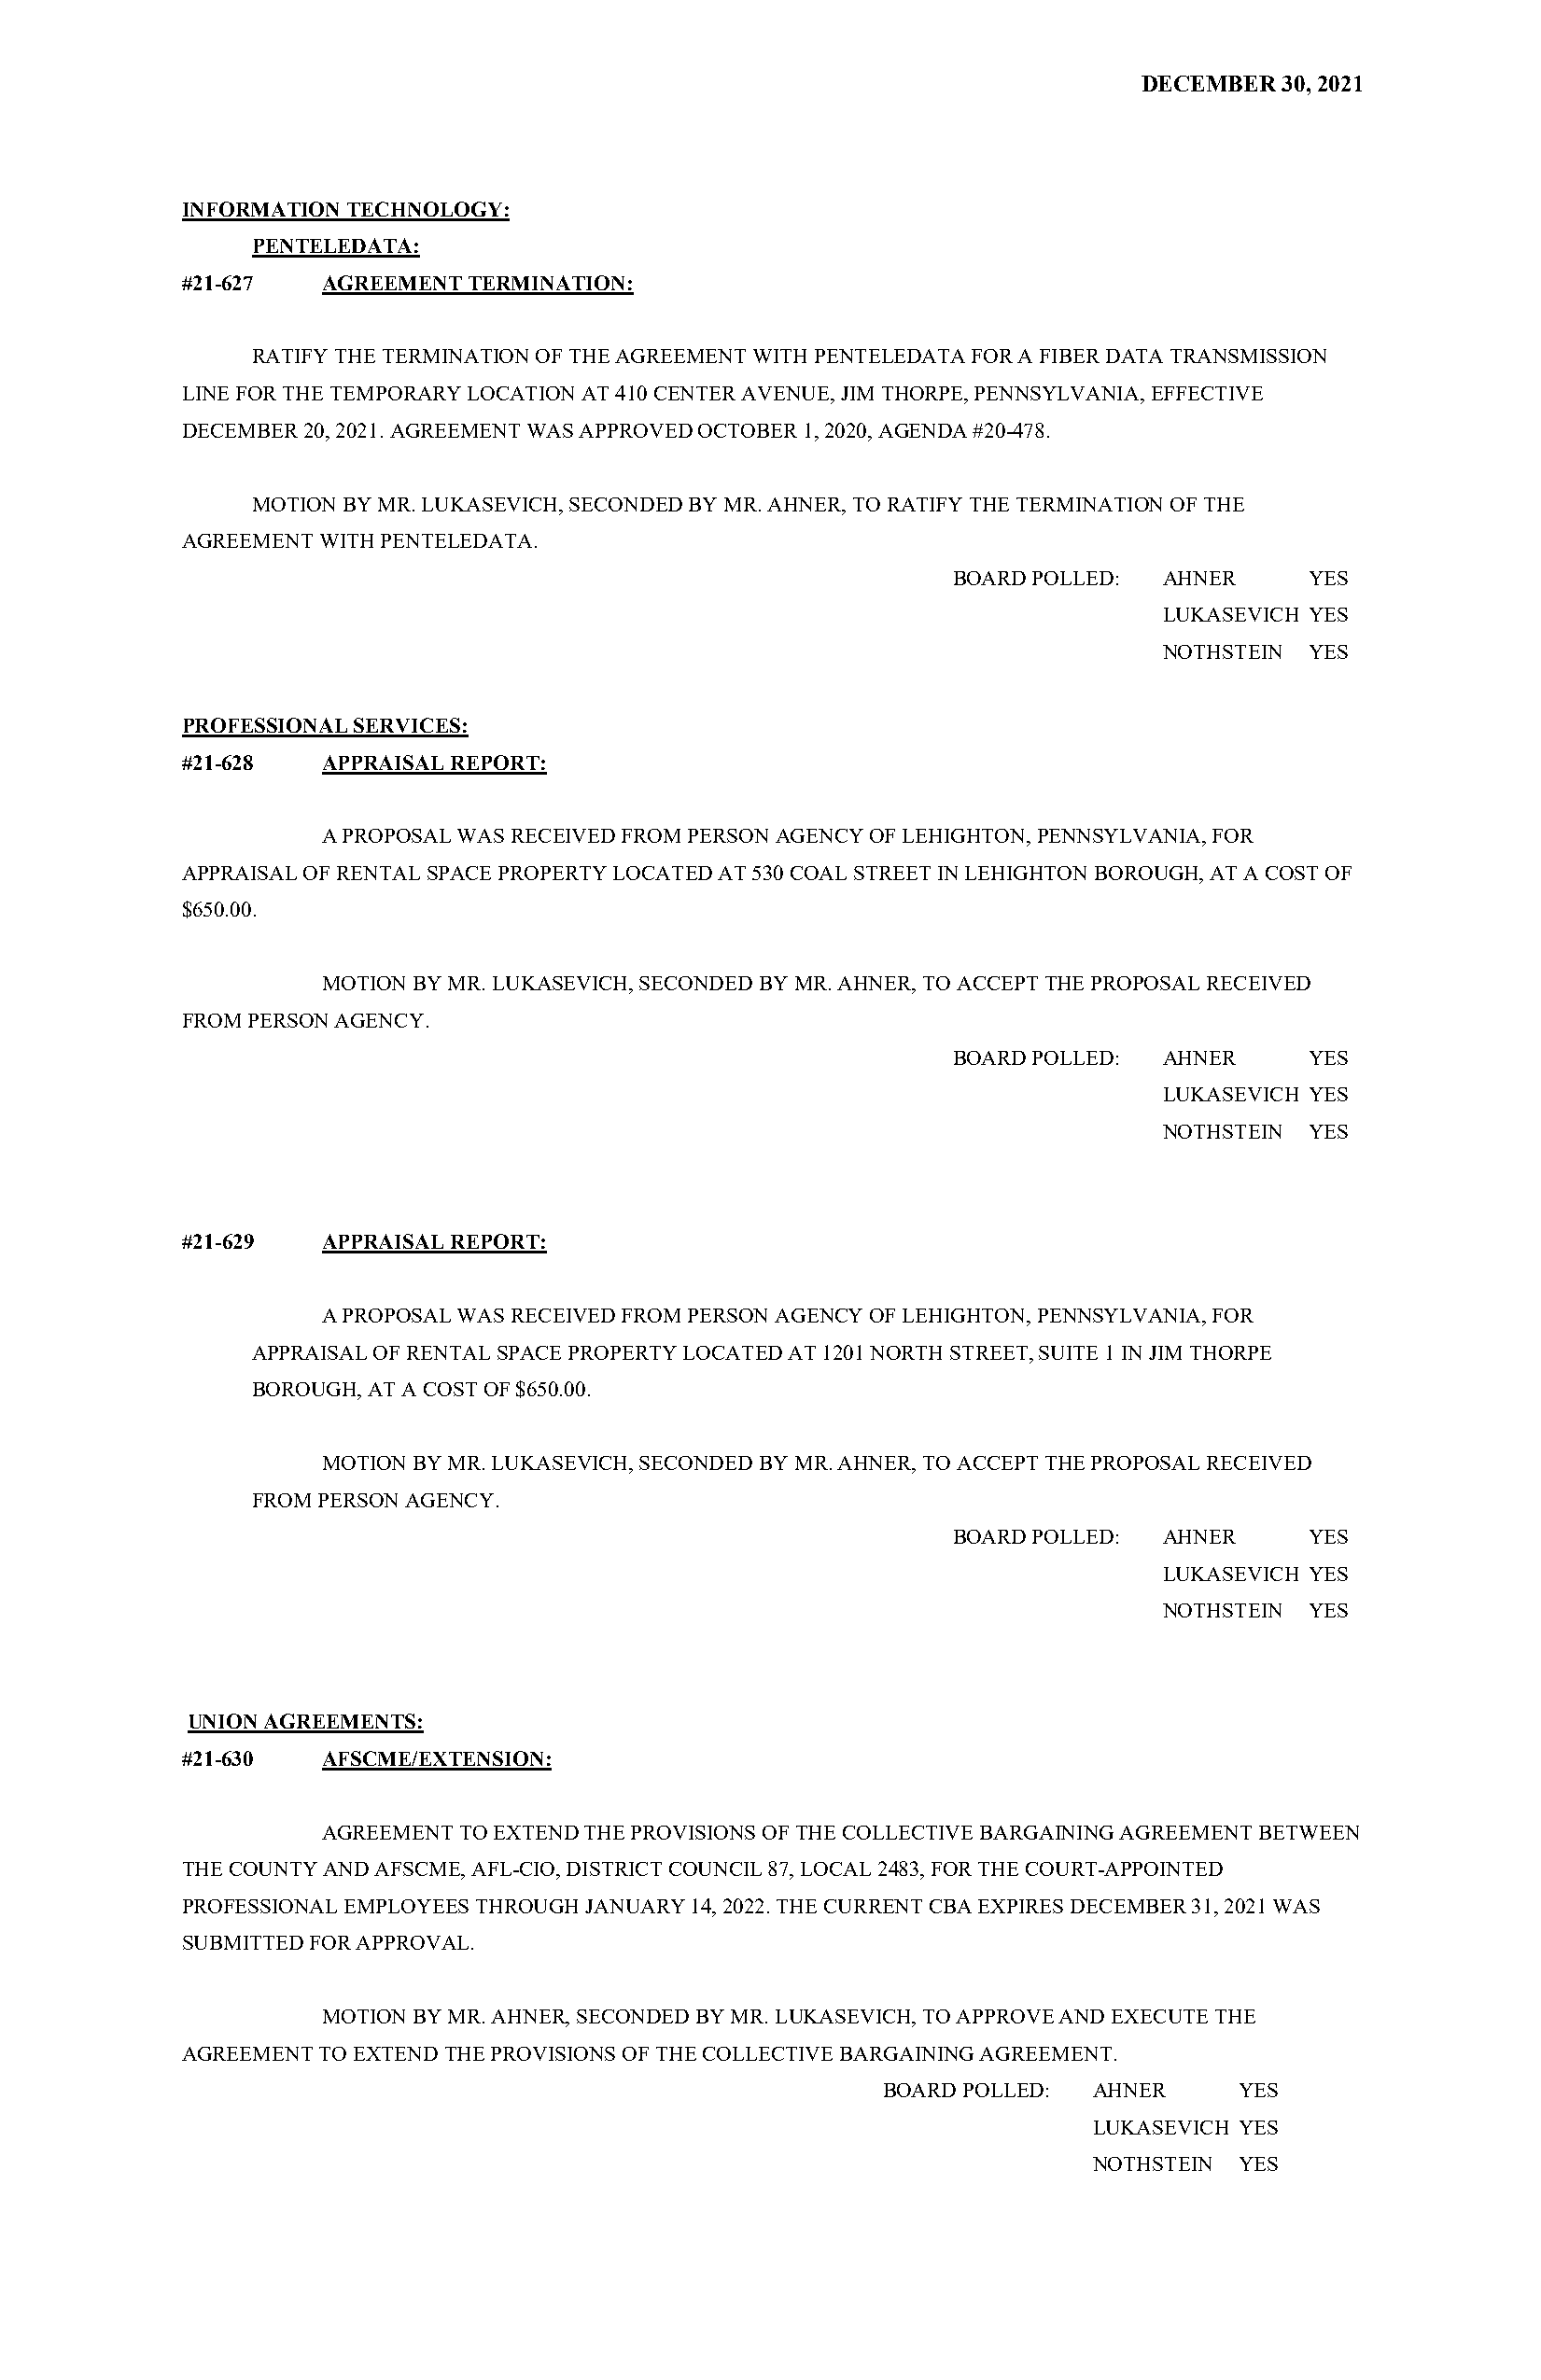
DECEMBER  30, 2021
 INFORMATION TECHNOLOGY:
 PENTELEDATA:
 #21-627   AGREEMENT TERMINATION:
 RATIFY THE TERMINATION OF THE AGREEMENT WITH PENTELEDATA FOR A FIBER DATA TRANSMISSION
 LINE FOR THE TEMPORARY LOCATION AT 410 CENTER AVENUE, JIM THORPE, PENNSYLVANIA, EFFECTIVE
 DECEMBER 20, 2021. AGREEMENT WAS APPROVED OCTOBER 1, 2020, AGENDA #20-478.
 MOTION BY MR. LUKASEVICH, SECONDED BY MR. AHNER, TO RATIFY THE TERMINATION OF THE
 AGREEMENT WITH PENTELEDATA.
 BOARD POLLED: AHNER      YES
 LUKASEVICH YES
 NOTHSTEIN  YES
 PROFESSIONAL SERVICES:
 #21-628   APPRAISAL REPORT:
 A PROPOSAL WAS RECEIVED FROM PERSON AGENCY OF LEHIGHTON, PENNSYLVANIA, FOR
 APPRAISAL OF RENTAL SPACE PROPERTY LOCATED AT 530 COAL STREET IN LEHIGHTON BOROUGH, AT A COST OF
 $650.00.
 MOTION BY MR. LUKASEVICH, SECONDED BY MR. AHNER, TO ACCEPT THE PROPOSAL RECEIVED
 FROM PERSON AGENCY.
 BOARD POLLED: AHNER      YES
 LUKASEVICH YES
 NOTHSTEIN  YES
 #21-629   APPRAISAL REPORT:
 A PROPOSAL WAS RECEIVED FROM PERSON AGENCY OF LEHIGHTON, PENNSYLVANIA, FOR
 APPRAISAL OF RENTAL SPACE PROPERTY LOCATED AT 1201 NORTH STREET, SUITE 1 IN JIM THORPE
 BOROUGH, AT A COST OF $650.00.
 MOTION BY MR. LUKASEVICH, SECONDED BY MR. AHNER, TO ACCEPT THE PROPOSAL RECEIVED
 FROM PERSON AGENCY.
 BOARD POLLED: AHNER      YES
 LUKASEVICH YES
 NOTHSTEIN  YES
 UNION AGREEMENTS:
 #21-630   AFSCME/EXTENSION:
 AGREEMENT TO EXTEND THE PROVISIONS OF THE COLLECTIVE BARGAINING AGREEMENT BETWEEN
 THE COUNTY AND AFSCME, AFL-CIO, DISTRICT COUNCIL 87, LOCAL 2483, FOR THE COURT-APPOINTED
 PROFESSIONAL EMPLOYEES THROUGH JANUARY 14, 2022. THE CURRENT CBA EXPIRES DECEMBER 31, 2021 WAS
 SUBMITTED FOR APPROVAL.
 MOTION BY MR. AHNER, SECONDED BY MR. LUKASEVICH, TO APPROVE AND EXECUTE THE
 AGREEMENT TO EXTEND THE PROVISIONS OF THE COLLECTIVE BARGAINING AGREEMENT.
 BOARD POLLED: AHNER      YES
 LUKASEVICH YES
 NOTHSTEIN  YES